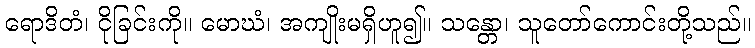
ရောဒိတံ၊ ငိုခြင်းကို။ မောဃံ၊ အကျိုးမရှိဟူ၍။ သန္တော၊ သူတော်ကောင်းတို့သည်။